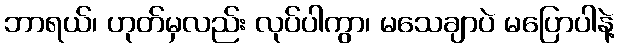
ဘာရယ်၊ ဟုတ်မှလည်း လုပ်ပါကွာ၊ မသေချာပဲ မပြောပါနဲ့